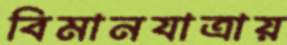
বিমানযাত্রায়